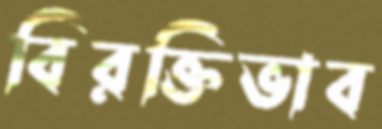
বিরক্তিভাব